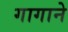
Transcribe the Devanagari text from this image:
गागाने